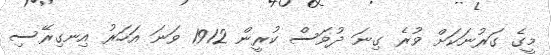
މީގެ ގަރުނަކަށް ވުރެ ގިނަ ދުވަސް ކުރީން 1912 ވަނަ އަހަރު އިނގިރޭސި